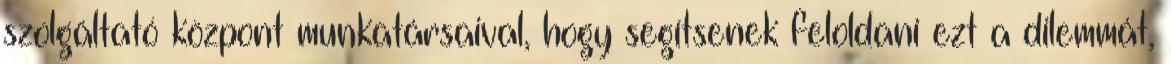
szolgáltató központ munkatársaival, hogy segítsenek feloldani ezt a dilemmát,